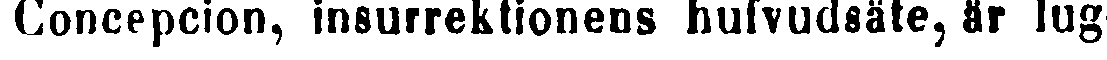
Concepcion, insurrektionens hufvudsäte, är lug-